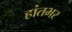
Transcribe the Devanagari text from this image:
हांतभर